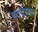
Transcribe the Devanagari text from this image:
पदचालन